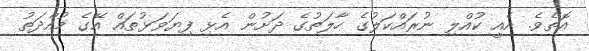
އޮތެވެ. އެއީ ކުއްލި ނުރައްކަލުގެ ހާލަތުގެ ދަށުން އެޅި ފިޔަވަޅުތައް އޭގެ މުއްދަތު